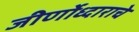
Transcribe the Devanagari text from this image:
जीर्णोध्दाराचे